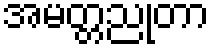
အမတ္တညုတာ